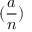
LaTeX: ( { \frac { a } { n } } )